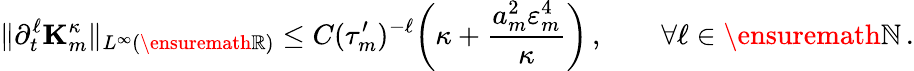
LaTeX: \| \partial_{t}^{\ell}\mathbf{K}_{m}^{\kappa}\| _{L^{\infty}(\ensuremath{\mathbb{R}})}\leq C(\tau_{m}^{\prime})^{-\ell}\biggl(\kappa+\frac{a_{m}^{2}\varepsilon_{m}^{4}}{\kappa}\biggr)\, ,\qquad\forall\ell\in\ensuremath{\mathbb{N}}\, .